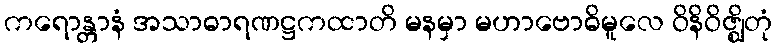
ကရောန္တာနံ အသာဓာရဏဋ္ဌကထာတိ မနမှာ မဟာဗောဓိမူလေ ဝိနိဝိဇ္ဈိတုံ